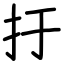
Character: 扜